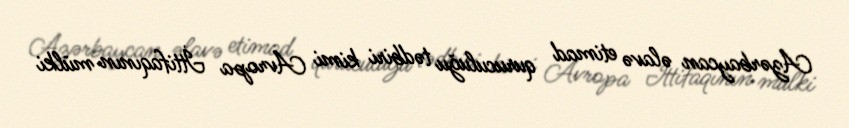
Azərbaycan əlavə etimad quruculuğu tədbiri kimi Avropa İttifaqının mülki